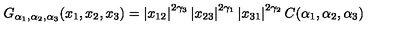
G _ { \alpha _ { 1 } , \alpha _ { 2 } , \alpha _ { 3 } } ( x _ { 1 } , x _ { 2 } , x _ { 3 } ) = \left| x _ { 1 2 } \right| ^ { 2 \gamma _ { 3 } } \left| x _ { 2 3 } \right| ^ { 2 \gamma _ { 1 } } \left| x _ { 3 1 } \right| ^ { 2 \gamma _ { 2 } } C ( \alpha _ { 1 } , \alpha _ { 2 } , \alpha _ { 3 } )